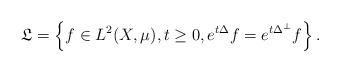
LaTeX: \begin{align*}\mathfrak{L}=\left\{ f \in L^2(X,\mu), t \ge 0, e^{t\Delta } f =e^{t\Delta^\perp }f \right\}.\end{align*}